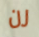
رن